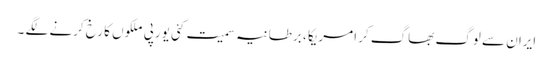
ایران سے لوگ بھاگ کر امریکا ، برطانیہ سمیت کئی یورپی ملکوں کا رخ کرنے لگے ۔